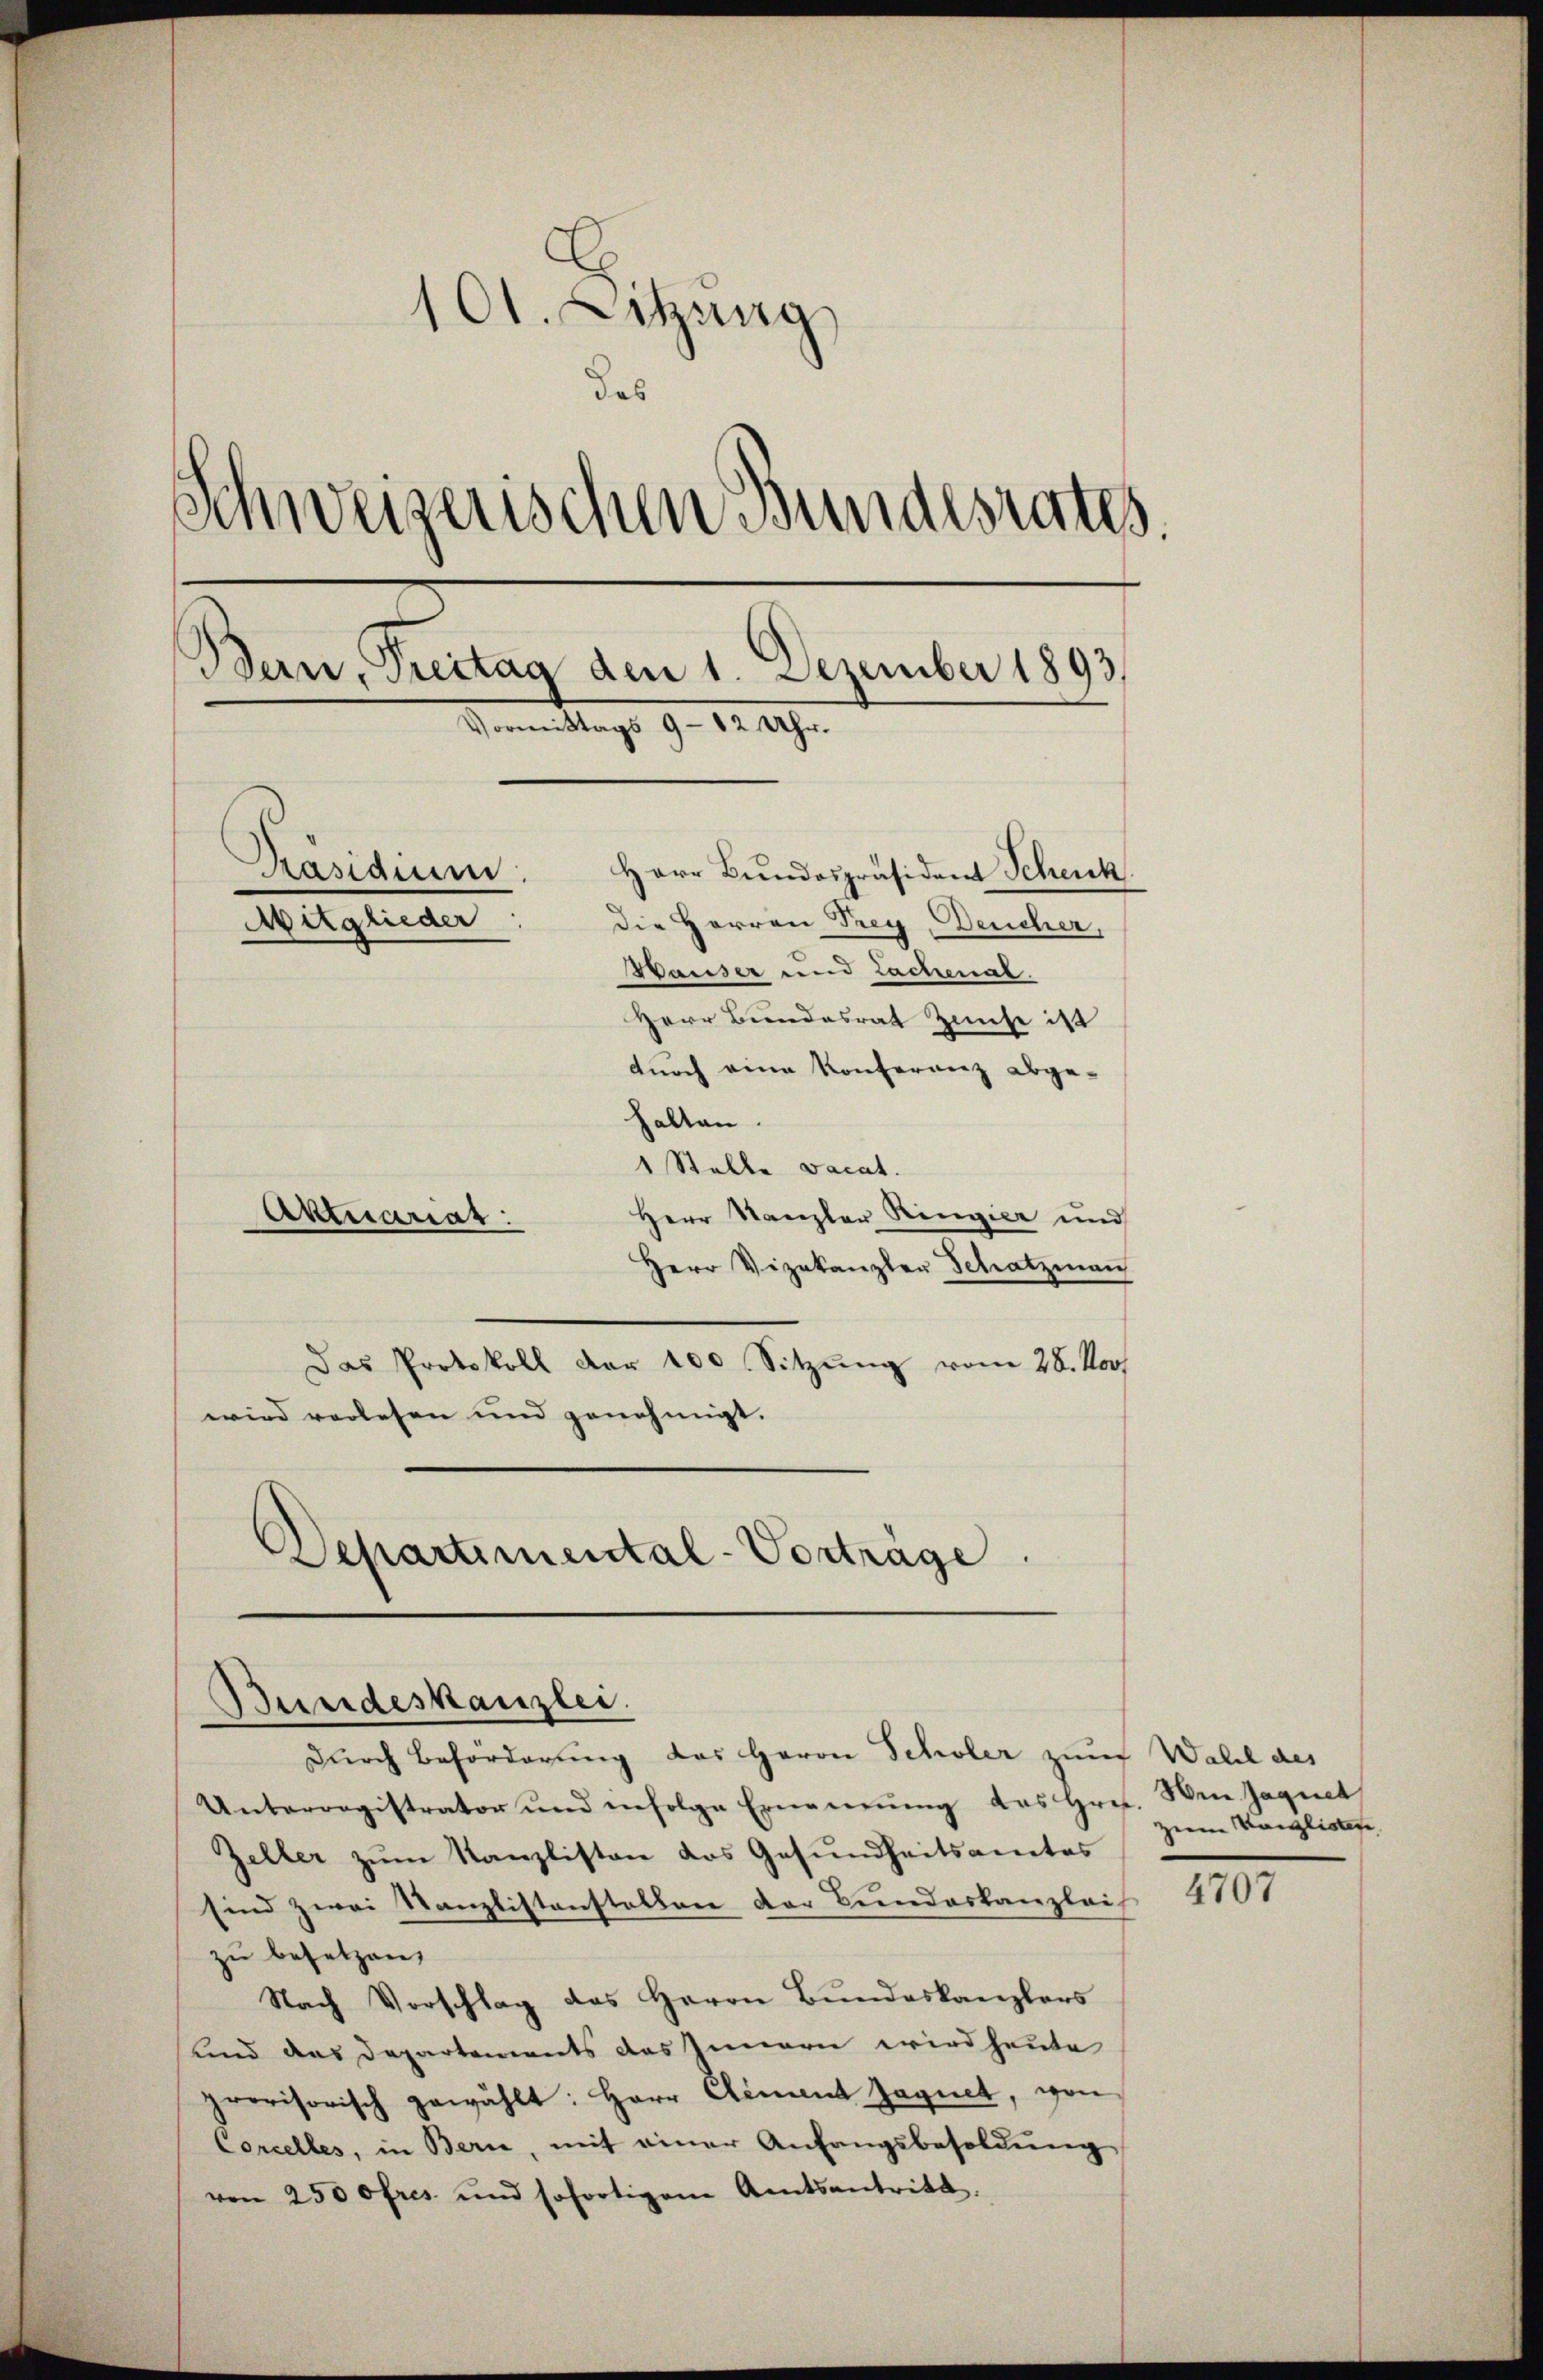
101. Sitzung
das
Schweizerischen Bundesrates.
Bern, Freitag den 1. Dezember 1893
Vormittags 9 - 12 Uhr.
Präsidium
Herr Bundespräsident Schenk
Mitglieder
Die Herren Trey, Deucher,
Wauser und Lachenal.
Herr Bundesrat Zinse ist

durch eine Konferenz abge-
halten.
1 Stelle vacat.
Herr Stanzler Ringier und
Herr Vizekanzler Schatzman
Das Protokoll der 100. Sitzŭng vom 28. Nov.
wird verlesen und genehmigt.
Departimental-Vorträge.

Aktuariat

Bundeskanzlei.
durch Beförderung des Herrn Scholer zum Wall des

Unterregistrator und infolge Ernennung des Hrn. Wen Jagnet
Zeller zum Kanzlisten das Gesundheitsamtes
sind zwei Kanzlistenstellen der Bundeskanzleis
zu besetzen,
Nach Vorschlag des Herrn Bundeskanzlers
und das Departements des Innern wird heute
provisorisch gewählt: Herr Cement Jagnet, von
Corcelles, in Bern, mit einer Anfangsbesoldung
von 250 ofres und sofortigem Amtsantritt.

zerm Kanzlister

1107